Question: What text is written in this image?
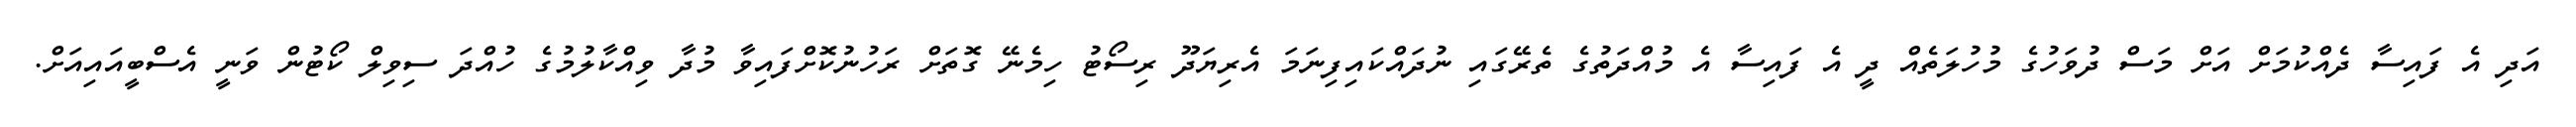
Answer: އަދި އެ ފައިސާ ދެއްކުމަށް އަށް މަސް ދުވަހުގެ މުހުލަތެއް ދީ އެ ފައިސާ އެ މުއްދަތުގެ ތެރޭގައި ނުދައްކައިފިނަމަ އެރިޔަދޫ ރިސޯޓު ހިމެނޭ ގޮތަށް ރަހުނުކޮށްފައިވާ މުދާ ވިއްކާލުމުގެ ހުއްދަ ސިވިލް ކޯޓުން ވަނީ އެސްބީއައިއަށް.